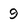
Character: 9